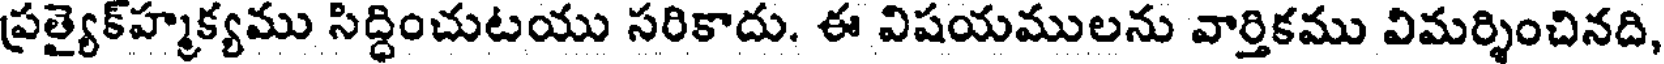
ప్రత్యైక్హ్మక్యము సిద్ధించుటయు సరికాదు. ఈ విషయములను వార్తికము విమర్శించినది,